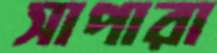
সাপারা